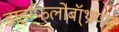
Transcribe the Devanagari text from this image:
डाइफिलोबॉ्थ्रायम